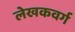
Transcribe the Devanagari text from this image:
लेखकवर्ग